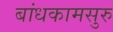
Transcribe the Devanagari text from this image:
बांधकामसुरु